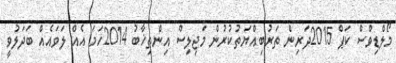
މޯލްޑިވްސް ކަޕް 2015ދަރިން ތަރުބިއްޔަތުކުރުން މަޖިލިސް އިންތިޚާބު 2014ހަމަ އެއް ލަވައެއް ބަދަލުވީ